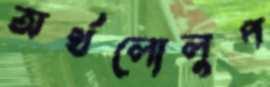
অর্থলোলুপ